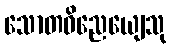
သောတဝိညေယျေသု